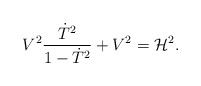
\begin{align*}V^2{\dot{T}^2 \over 1 - \dot{T}^2} + V^2 = {\cal H}^2. \end{align*}